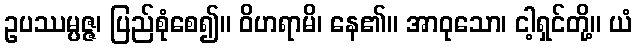
ဥပဿမ္ပဇ္ဇ၊ ပြည်စုံစေ၍။ ဝိဟရာမိ၊ နေ၏။ အာဝုသော၊ ငါ့ရှင်တို့။ ယံ